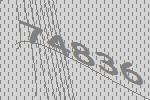
74836